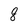
Character: 8